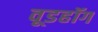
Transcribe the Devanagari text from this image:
वूडहॉग